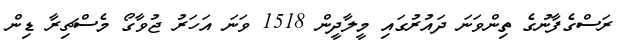
ރަސްގެފާނުގެ ތިންވަނަ ދައުރުގައި މީލާދީން 1518 ވަނަ އަހަރު ޖުވާގޯ މެސްޗިރާ ޑިން